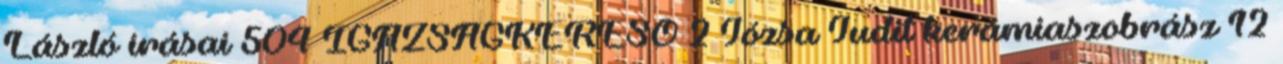
László írásai 504 IGAZSÁGKERESŐ 2 Józsa Judit kerámiaszobrász 12